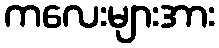
ကလေးများအား